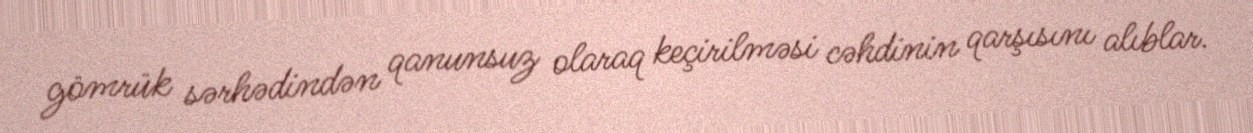
gömrük sərhədindən qanunsuz olaraq keçirilməsi cəhdinin qarşısını alıblar.